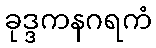
ခုဒ္ဒကနဂရကံ